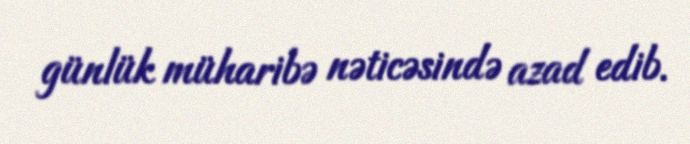
günlük müharibə nəticəsində azad edib.